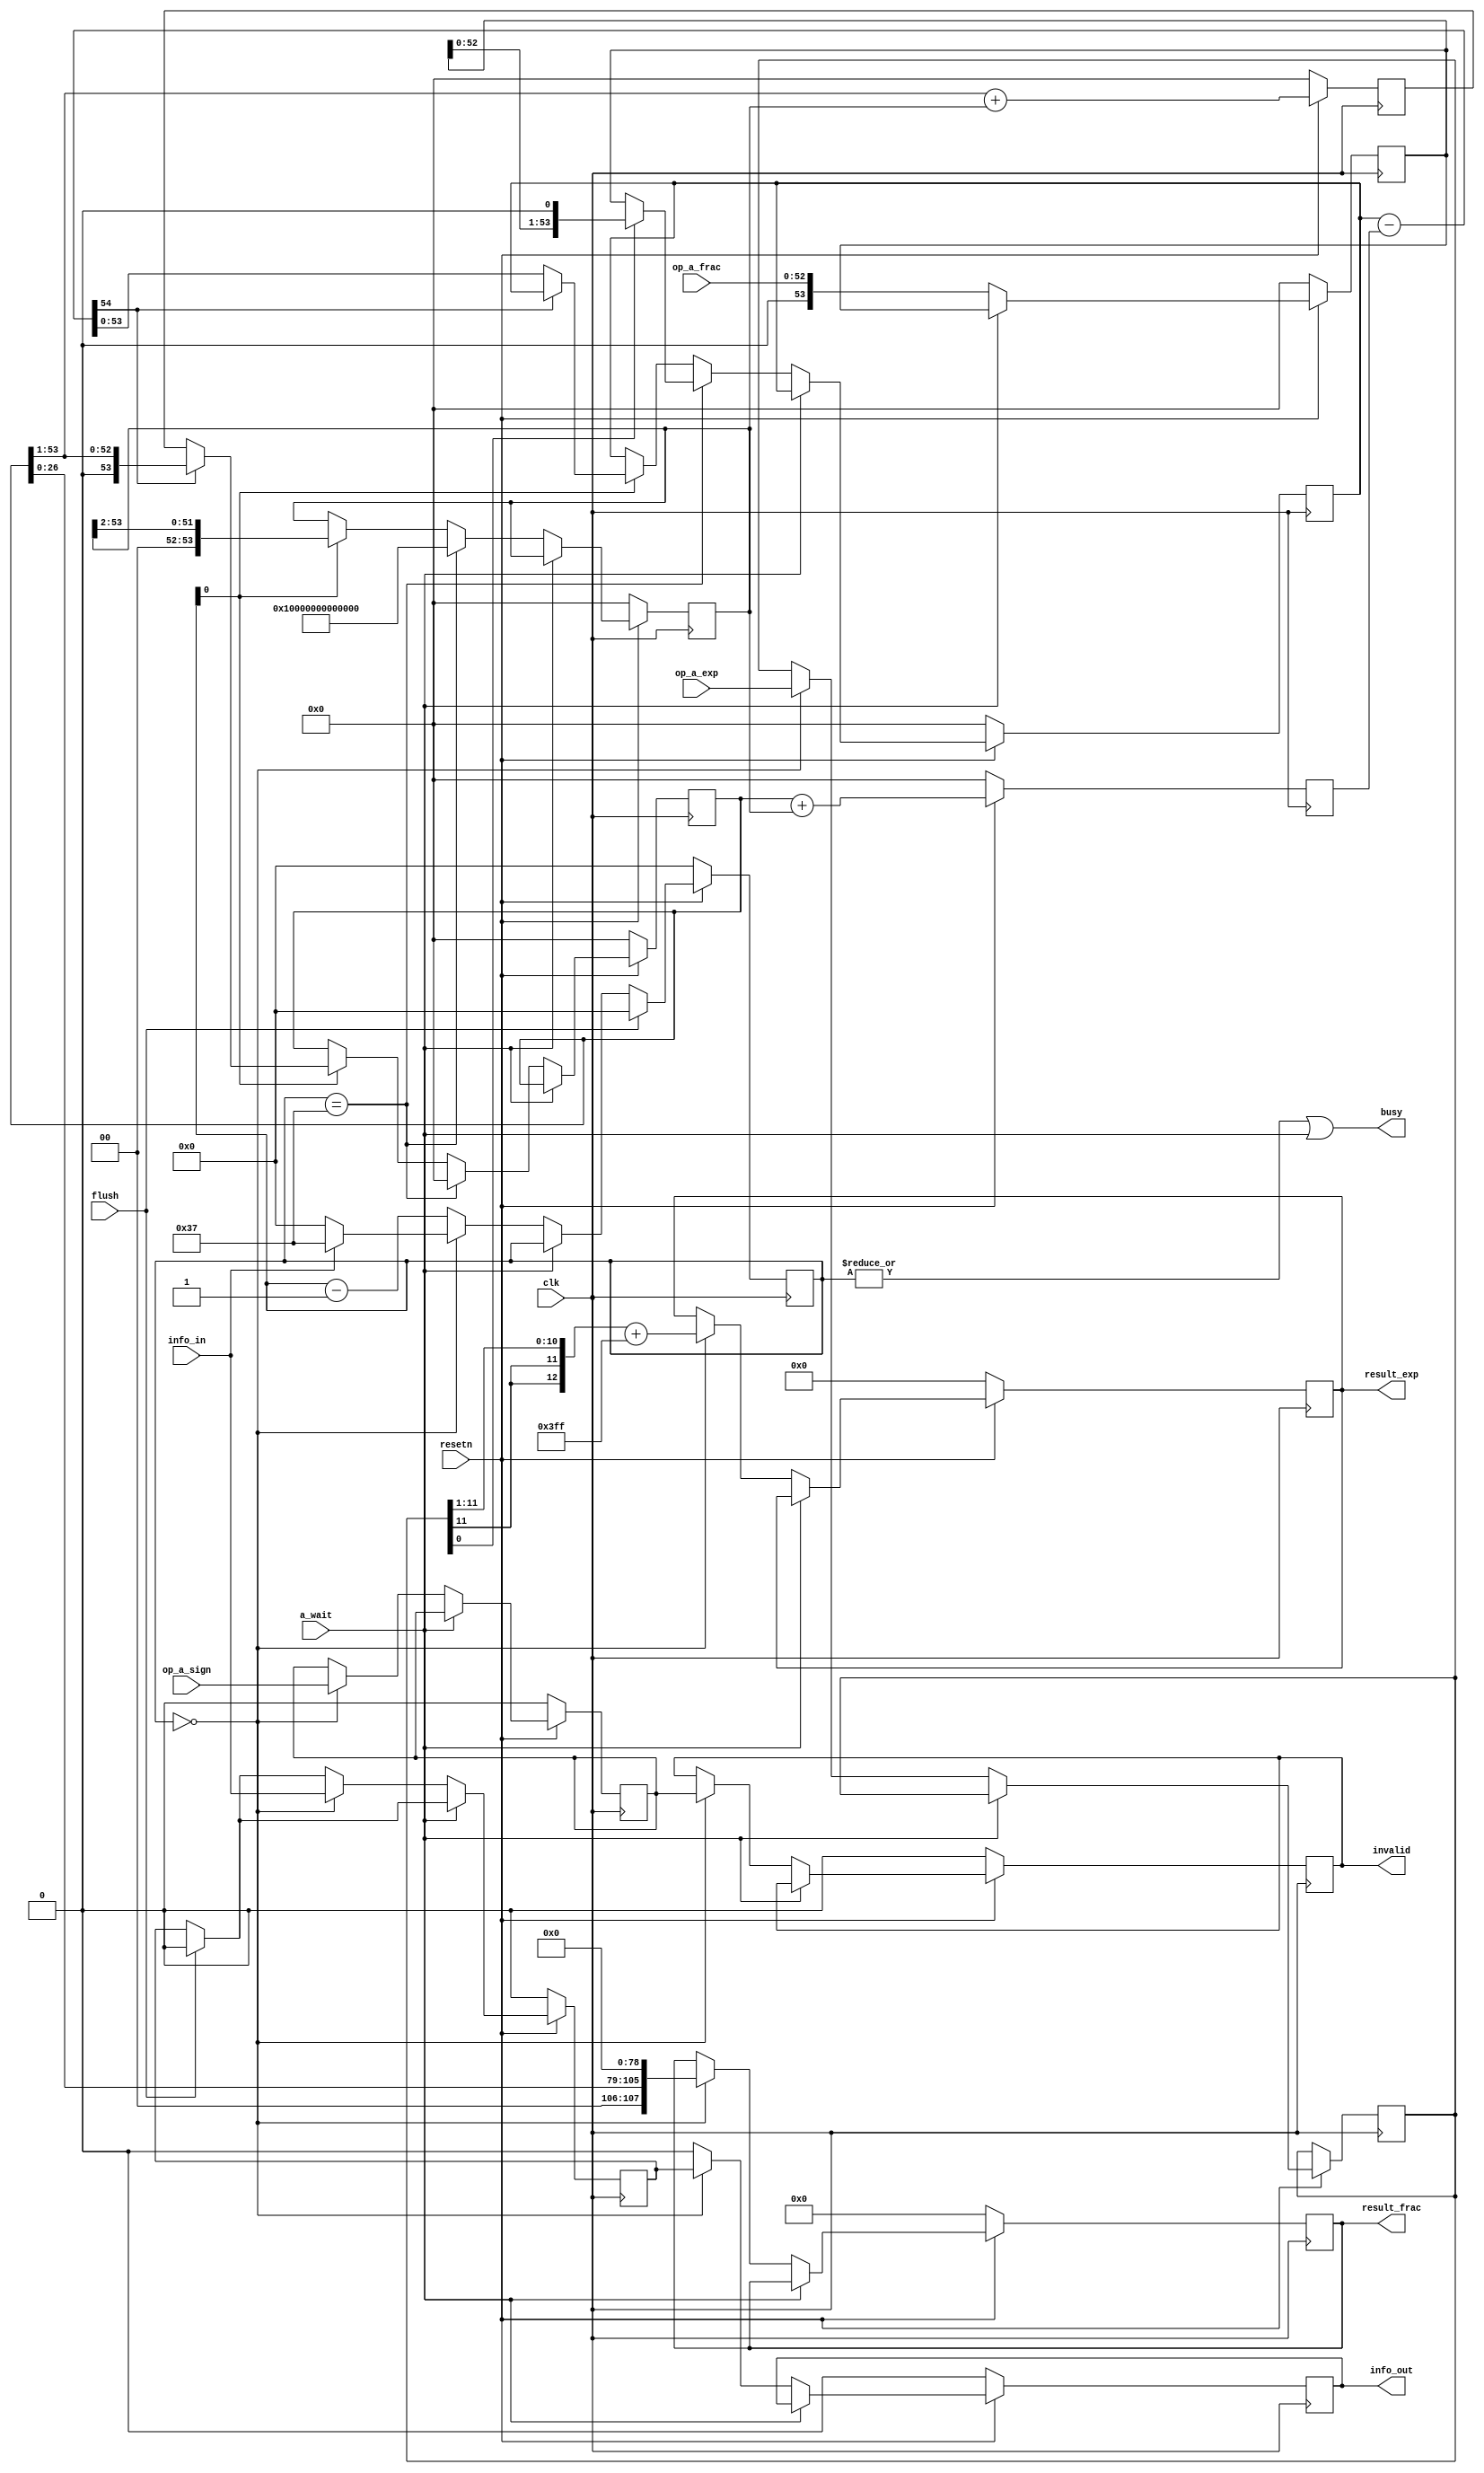
module f_sqrter_front
    #(  parameter info_width = 1,
        parameter exp_width = 11,
        parameter frac_width = 52)
    (
    input           clk,
    input           resetn,
    input           a_wait,             //阻塞信号
    input           flush,              //flush有效时仅清除info[0]
    output          busy,
    //输入数据必定为double
    input                   op_a_sign,
    input[exp_width:0]      op_a_exp,
    input[frac_width:0]     op_a_frac,
    input[info_width - 1:0] info_in,    //指令附加信息，与运算无关，随流水线流动
    //输出的是未经规格化的指数+长尾数
    output reg[exp_width + 1:0] result_exp,     //结果指数多取2位
    output reg[frac_width * 2 + 3:0]    result_frac,    //结果尾数取52+3+52+1=108位，未舍入，有符号数
                                        //小数点前是[107:105]3位，这结果一定不会溢出
    output reg[info_width - 1:0]    info_out,
    output reg          invalid         //是否引发无效运算（若invalid=1则result无意义）
    );

    reg[5:0] state;
    reg[info_width - 1:0] info;
    reg[exp_width:0] input_exp;
    reg input_sign;
    reg[frac_width + 1:0] input_frac;
    reg[frac_width + 1:0] rest_x;
    reg[frac_width + 1:0] d;
    reg[frac_width + 1:0] result_c;
    reg[frac_width + 1:0] c_plus_d;
    reg[frac_width + 1:0] c_2_plus_d;

    wire[frac_width + 2:0] x_c_plus_d={1'b0,rest_x} - {1'b0,c_plus_d};
    always@(posedge clk) begin
        if(~resetn) begin
            state<=0;
            info<=0;
            input_frac<=0;
            rest_x<=0;
            d<=0;
            result_c<=0;
            c_plus_d<=0;
            c_2_plus_d<=0;
            result_exp<=0;
            result_frac<=0;
            info_out<=0;
            invalid<=0;
            input_sign<=0;
        end
        else begin
            c_plus_d<=result_c + d;
            c_2_plus_d<={1'b0,result_c[frac_width + 1:1]} + d;
            if(flush) begin
                info[0]<=0;
                state<=0;
            end
            else if(~a_wait) begin
                if(state == 0)
                    info[0]<=info_in[0];
                if(state == 0)
                    state<=info_in[0] ? 55 : 0;
                else
                    state<=state - 1;
            end
            if(~a_wait) begin
                input_frac<={1'b0,op_a_frac};
                if(state == 0) begin
                    info[info_width - 1:1]<=info_in[info_width - 1:1];
                    input_sign<=op_a_sign;
                    input_exp<=op_a_exp;
                    invalid<=input_sign;
                    info_out[info_width - 1:1]<=info[info_width - 1:1];
                    info_out[0]<=info[0];
                    result_exp<={{2{input_exp[exp_width]}},input_exp[exp_width:1]} + 1023;
                    result_frac<={2'b0,result_c[26:0],{(frac_width * 2 + 4 - 29){1'b0}}};
                end
                else
                    info_out[0]<=0;
                if(state == 55) begin
                    d<={2'b01,52'b00};
                    result_c<=0;
                    rest_x<=(~input_exp[0]) ? input_frac : {input_frac[frac_width:0],1'b0};
                end
                else if(state[0]) begin
                    d<={2'b00,d[53:2]};
                    result_c<=x_c_plus_d[frac_width + 2] ? {1'b0,result_c[frac_width + 1:1]} : c_2_plus_d;
                    rest_x<=x_c_plus_d[frac_width + 2] ? rest_x : x_c_plus_d[frac_width + 1:0];
                end 
            end
        end
    end

    assign busy=(|state) | a_wait;

endmodule